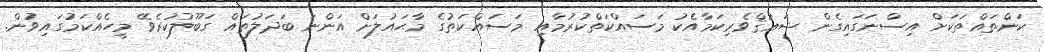
ކަންތައްތަކަށް އިސްނަގައިގެން ޝަޢުޤްވެރިކަމާއެކު މަސައްކަތްކުރުމާއި މަސައްކަތުގެ މާޙައުލަށް އަންނަ ބަދަލުތައް ގަބޫލުކުރެވޭ މީހެއްކަމުގައިވުން.